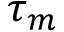
\tau _ { m }